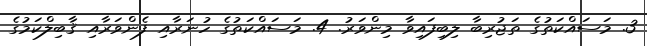
3. މަސައްކަތުގެ ތަޖުރިބާ ލިބިފައިވާ މިންވަރު. 4. މަސައްކަތުގެ ހުނަރާއި ފެންވަރާއި ޤާބިލްކަމުގެ